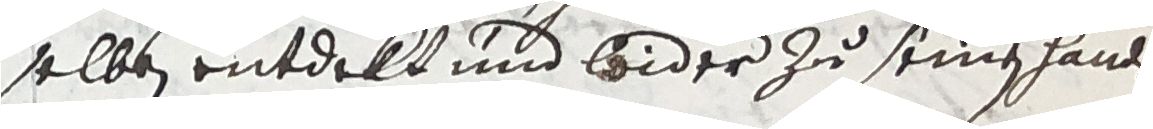
selben entdelt und wider zu seinen hande